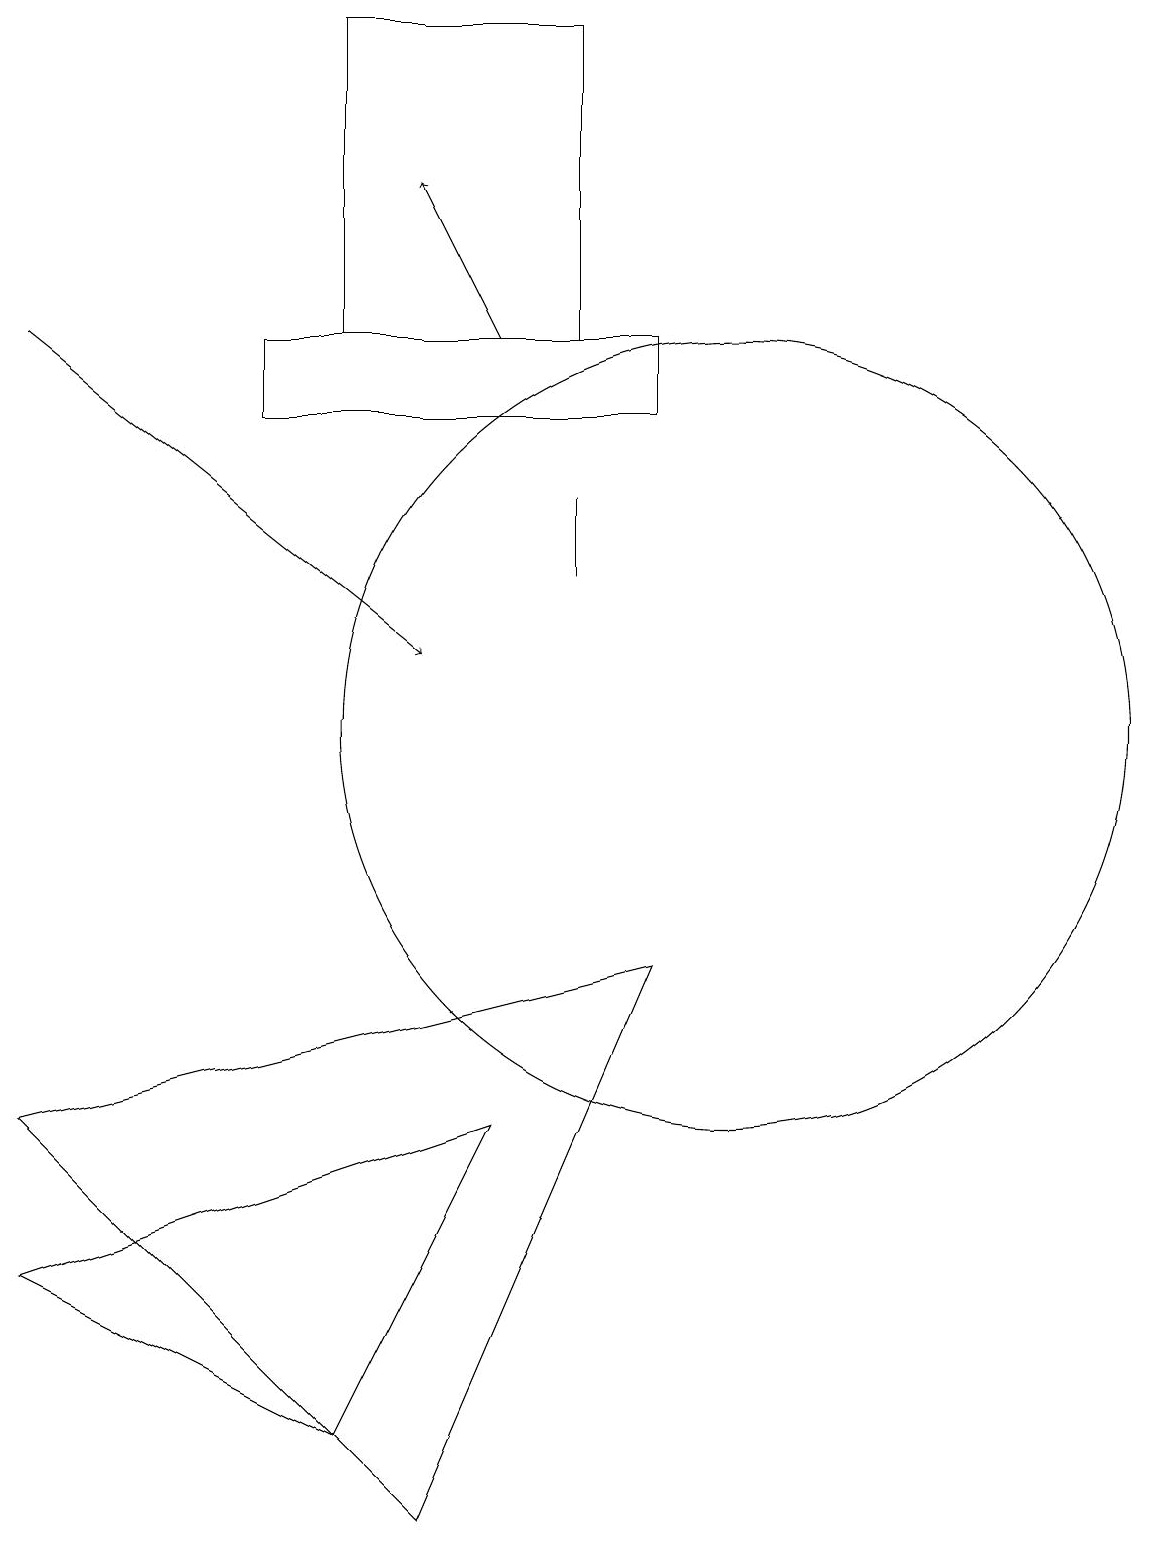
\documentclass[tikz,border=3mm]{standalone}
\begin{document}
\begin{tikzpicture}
\draw (6,0) -- (9,7) -- (1,5) -- cycle;
\draw[->] (1,15) -- (6,11);
\draw (1,3) -- (7,5) -- (5,1) -- cycle;
\draw (8,19) rectangle (5,15);
\draw[->] (7,15) -- (6,17);
\draw (10,10) circle (5);
\draw (9,14) rectangle (4,15);
\draw (8,13) rectangle (8,12);
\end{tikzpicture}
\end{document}